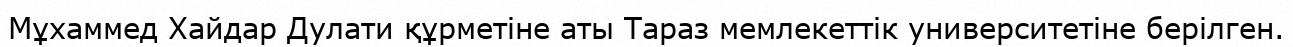
Мұхаммед Хайдар Дулати құрметіне аты Тараз мемлекеттік университетіне берілген.